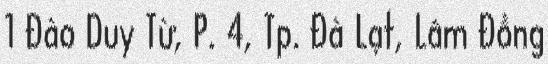
1 Đào Duy Từ, P. 4, Tp. Đà Lạt, Lâm Đồng